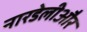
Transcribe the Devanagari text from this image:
नारडेलीऔर